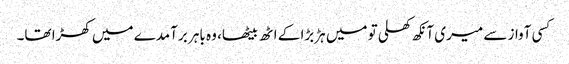
کسی آواز سے میری آنکھ کھلی تو میں ہڑبڑا کے اٹھ بیٹھا، وہ باہر برآمدے میں کھڑا تھا۔